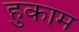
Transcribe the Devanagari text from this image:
हुकाम